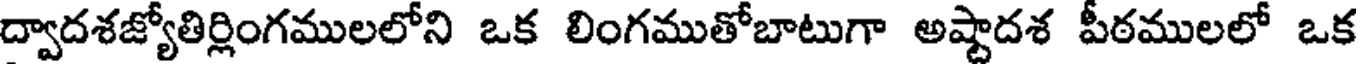
ద్వాదశజ్యోతిర్లింగములలోని ఒక లింగముతోబాటుగా అష్టాదశ పీఠములలో ఒక